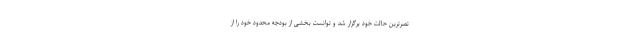
تصرترین حالت خود برگزار شد و توانست بخشی از بودجه محدود خود را از